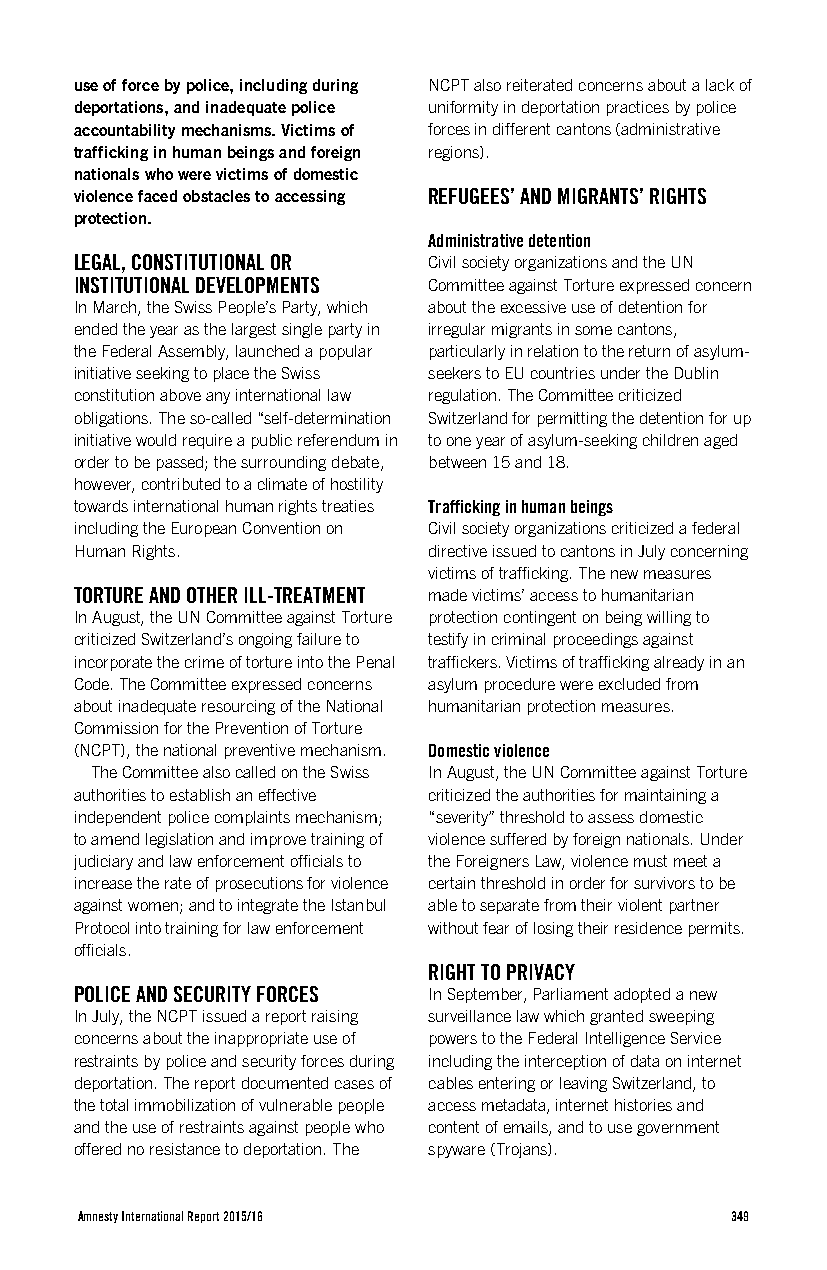
use of force by police, including during NCPT also reiterated concerns about a lack of
 deportations, and inadequate police uniformity in deportation practices by police
 accountability mechanisms. Victims of forces in different cantons (administrative
 trafficking in human beings and foreign regions).
 nationals who were victims of domestic
 violence faced obstacles to accessing REFUGEES’ AND MIGRANTS’ RIGHTS
 protection.
 Administrative detention
 LEGAL, CONSTITUTIONAL OR Civil society organizations and the UN
 INSTITUTIONAL DEVELOPMENTS Committee against Torture expressed concern
 In March, the Swiss People’s Party, which about the excessive use of detention for
 ended the year as the largest single party in irregular migrants in some cantons,
 the Federal Assembly, launched a popular particularly in relation to the return of asylum-
 initiative seeking to place the Swiss seekers to EU countries under the Dublin
 constitution above any international law regulation. The Committee criticized
 obligations. The so-called “self-determination Switzerland for permitting the detention for up
 initiative would require a public referendum in to one year of asylum-seeking children aged
 order to be passed; the surrounding debate, between 15 and 18.
 however, contributed to a climate of hostility
 towards international human rights treaties Trafficking in human beings
 including the European Convention on Civil society organizations criticized a federal
 Human Rights.          directive issued to cantons in July concerning
 victims of trafficking. The new measures
 TORTURE AND OTHER ILL-TREATMENT made victims’ access to humanitarian
 In August, the UN Committee against Torture protection contingent on being willing to
 criticized Switzerland’s ongoing failure to testify in criminal proceedings against
 incorporate the crime of torture into the Penal traffickers. Victims of trafficking already in an
 Code. The Committee expressed concerns asylum procedure were excluded from
 about inadequate resourcing of the National humanitarian protection measures.
 Commission for the Prevention of Torture
 (NCPT), the national preventive mechanism. Domestic violence
 The Committee also called on the Swiss In August, the UN Committee against Torture
 authorities to establish an effective criticized the authorities for maintaining a
 independent police complaints mechanism; “severity” threshold to assess domestic
 to amend legislation and improve training of violence suffered by foreign nationals. Under
 judiciary and law enforcement officials to the Foreigners Law, violence must meet a
 increase the rate of prosecutions for violence certain threshold in order for survivors to be
 against women; and to integrate the Istanbul able to separate from their violent partner
 Protocol into training for law enforcement without fear of losing their residence permits.
 officials.
 RIGHT TO PRIVACY
 POLICE AND SECURITY FORCES In September, Parliament adopted a new
 In July, the NCPT issued a report raising surveillance law which granted sweeping
 concerns about the inappropriate use of powers to the Federal Intelligence Service
 restraints by police and security forces during including the interception of data on internet
 deportation. The report documented cases of cables entering or leaving Switzerland, to
 the total immobilization of vulnerable people access metadata, internet histories and
 and the use of restraints against people who content of emails, and to use government
 offered no resistance to deportation. The spyware (Trojans).
 Amnesty International Report 2015/16       349